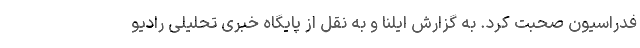
فدراسیون صحبت کرد. به گزارش ایلنا و به نقل از پایگاه خبری تحلیلی رادیو